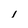
Character: l